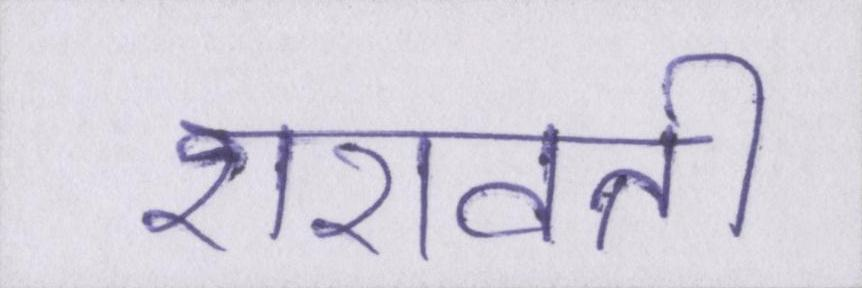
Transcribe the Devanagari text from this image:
शरावती